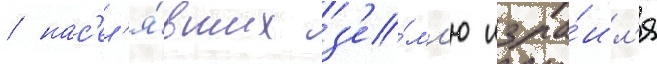
/ нас'ел'я́вших з'е́мл'ю изра́ил'я